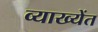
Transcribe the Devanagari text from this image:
व्याख्येंत